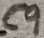
Text: C9